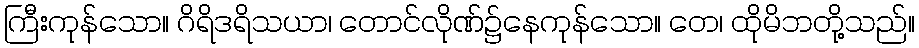
ကြီးကုန်သော။ ဂိရိဒရိသယာ၊ တောင်လိုဏ်၌နေကုန်သော။ တေ၊ ထိုမိဘတို့သည်။